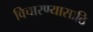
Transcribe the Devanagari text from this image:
विचारण्यासाठि